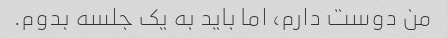
من دوست دارم، اما باید به یک جلسه بدوم.